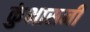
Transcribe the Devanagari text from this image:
कुंभासनी